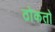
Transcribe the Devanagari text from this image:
ठोकतो